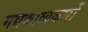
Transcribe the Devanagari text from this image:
गद्यकाव्यकारों